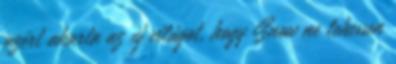
azért akarta az új világot, hogy Snow ne lehessen